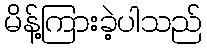
မိန့်ကြားခဲ့ပါသည်